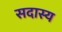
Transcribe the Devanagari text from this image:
सदास्य